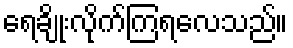
ရေချိုးလိုက်ကြရလေသည်။